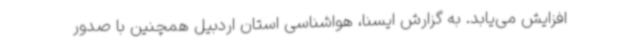
افزایش می‌یابد. به گزارش ایسنا، هواشناسی استان اردبیل همچنین با صدور